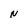
Character: N